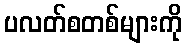
ပလတ်စတစ်များကို